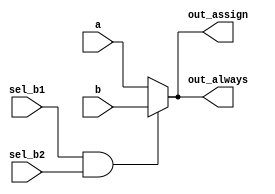
// synthesis verilog_input_version verilog_2001
module top_module(
    input a,
    input b,
    input sel_b1,
    input sel_b2,
    output wire out_assign,
    output reg out_always   ); 
    
    //b, if both sel_b1 and sel_b2 are true - otherwise, choose a.
    assign out_assign = sel_b1 & sel_b2 ? b : a;
    
	always @(*) begin
        if (sel_b1 & sel_b2) begin
	        out_always = b;
	    end
	    else begin
	        out_always = a;
	    end
	end    

endmodule